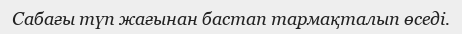
Сабағы түп жағынан бастап тармақталып өседі.